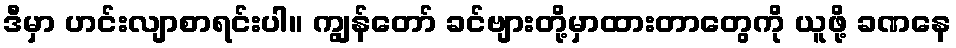
ဒီမှာ ဟင်းလျာစာရင်းပါ။ ကျွန်တော် ခင်ဗျားတို့မှာထားတာတွေကို ယူဖို့ ခဏနေ